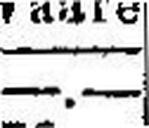
—.—